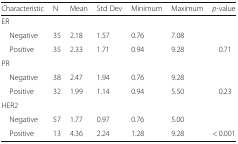
| Characteristic | N | Mean | Std Dev | Minimum | Maximum | p-value |
 | --- | --- | --- | --- | --- | --- | --- |
 | <COLSPAN=7> ER |
 | Negative | 35 | 2.18 | 1.57 | 0.76 | 7.08 |  |
 | Positive | 35 | 2.33 | 1.71 | 0.94 | 9.28 | 0.71 |
 | <COLSPAN=7> PR |
 | Negative | 38 | 2.47 | 1.94 | 0.76 | 9.28 |  |
 | Positive | 32 | 1.99 | 1.14 | 0.94 | 5.50 | 0.23 |
 | <COLSPAN=7> HER2 |
 | Negative | 57 | 1.77 | 0.97 | 0.76 | 5.00 |  |
 | Positive | 13 | 4.36 | 2.24 | 1.28 | 9.28 | < 0.001 |